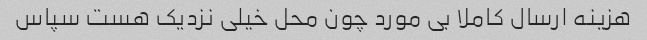
هزینه ارسال کاملا بی مورد چون محل خیلی نزدیک هست سپاس